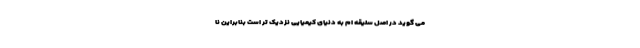
می گوید در اصل سلیقه ام به دنیای کیمیایی نزدیک تر است بنابراین نا